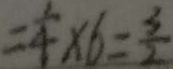
= \frac { 1 } { 4 } \times 6 = \frac { 3 } { 2 }